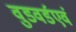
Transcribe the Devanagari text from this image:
वुडवर्डएवं